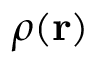
\rho ( \mathbf { r } )